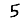
Digit: 5